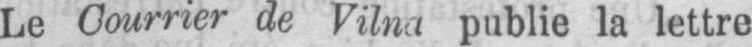
Le Courrier de Vilna publie la lettre